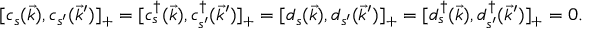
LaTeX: [ c _ { s } ( \vec { k } ) , c _ { s ^ { \prime } } ( \vec { k } ^ { \prime } ) ] _ { + } = [ c _ { s } ^ { \dag } ( \vec { k } ) , c _ { s ^ { \prime } } ^ { \dag } ( \vec { k } ^ { \prime } ) ] _ { + } = [ d _ { s } ( \vec { k } ) , d _ { s ^ { \prime } } ( \vec { k } ^ { \prime } ) ] _ { + } = [ d _ { s } ^ { \dag } ( \vec { k } ) , d _ { s ^ { \prime } } ^ { \dag } ( \vec { k } ^ { \prime } ) ] _ { + } = 0 .